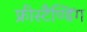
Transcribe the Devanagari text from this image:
फ्रीस्टैण्डिंग